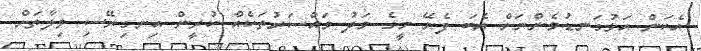
އެކަން އަޅުގަނޑުމެންނަށް އެބަ ފެނޭ މީގެ މަދު މައްސަރުތަކެއް ކުރީން އިނގިރޭސި ވިލާތަށް